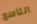
التاسع